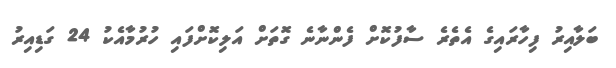
ބަލާއިރު ފިހާރައިގެ އެތެރެ ސާފުކޮށް ފެންނާނެ ގޮތަށް އަލިކޮށްފައި ހުރުމާއެކު 24 ގަޑިއިރު